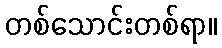
တစ်သောင်းတစ်ရာ။